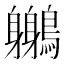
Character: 𪇣